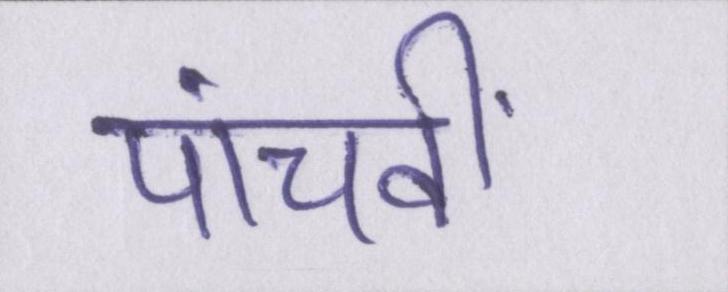
पांचवीं